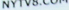
NYTV8.COM